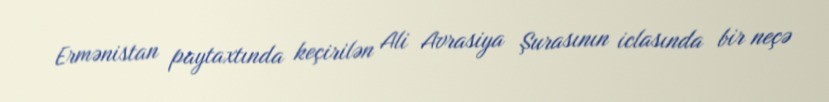
Ermənistan paytaxtında keçirilən Ali Avrasiya Şurasının iclasında bir neçə